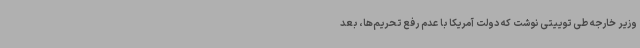
وزیر خارجه طی توییتی نوشت که دولت آمریکا با عدم رفع تحریم‌ها، بعد